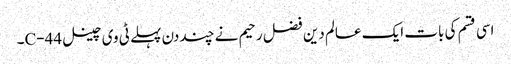
اسی قسم کی بات ایک عالم دین فضل رحیم نے چند دن پہلے ٹی وی چینل C-44۔